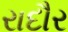
રાદૌર